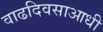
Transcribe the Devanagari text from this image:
वाढदिवसाआधी